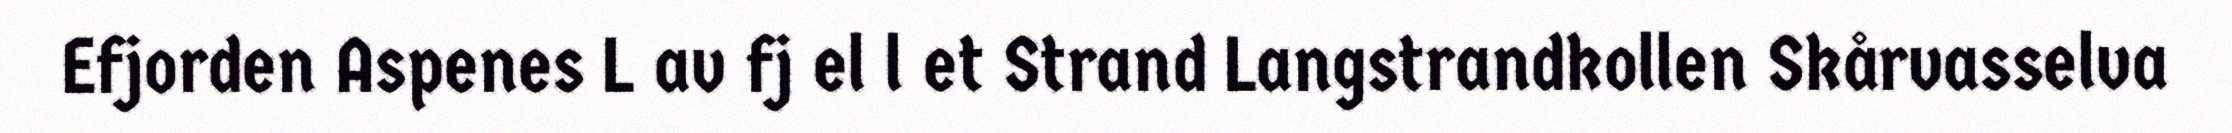
Efjorden Aspenes L av fj el l et Strand Langstrandkollen Skårvasselva